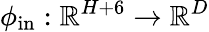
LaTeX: \phi_{\mathrm{in}}:\mathbb{R}^{H+6}\to\mathbb{R}^{D}